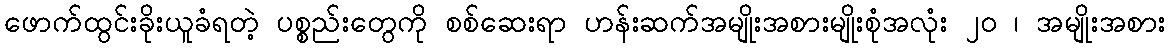
ဖောက်ထွင်းခိုးယူခံရတဲ့ ပစ္စည်းတွေကို စစ်ဆေးရာ ဟန်းဆက်အမျိုးအစားမျိုးစုံအလုံး ၂၀ ၊ အမျိုးအစား